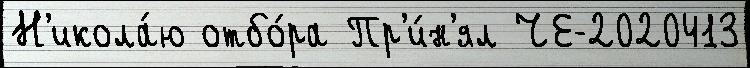
Н'икола́ю отбо́ра Пр'и́н'ял ЧЕ-2020413